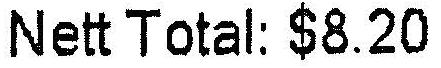
NETT TOTAL: $8.20